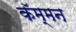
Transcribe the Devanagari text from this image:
कॅम्मन